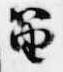
笛